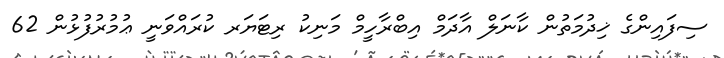
ސިފައިންގެ ޚިދުމަތުން ކާނަލް އާދަމް އިބްރާހީމް މަނިކު ރިޓަޔަރ ކުރައްވަނީ ޢުމުރުފުޅުން 62